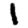
Digit: 1